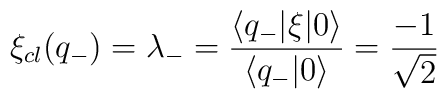
\xi_{cl}(q_-)=\lambda_-=\frac{\langle q_-|\xi|0 \rangle}{\langle q_-|0 \rangle}=\frac{-1}{\sqrt{2}}